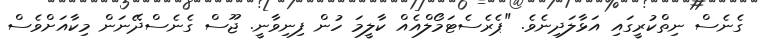
ގެނެސް ނިތްކުރީގައި އަޅާލަދިނެވެ. "ޕެރެސެޓަމޯލްއެއް ކާލީމަ ހުން ފިނިވާނީ. ޖޫސް ގެނެސްދޭނަން މިކާއަށްވެސް